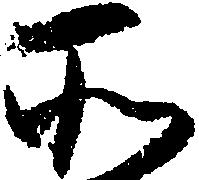
そ